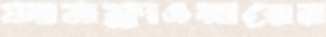
সানফ্লাওয়ারের